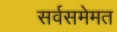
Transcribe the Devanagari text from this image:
सर्वसमेमत